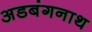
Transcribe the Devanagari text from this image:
अडबंगनाथ